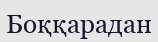
Боққарадан